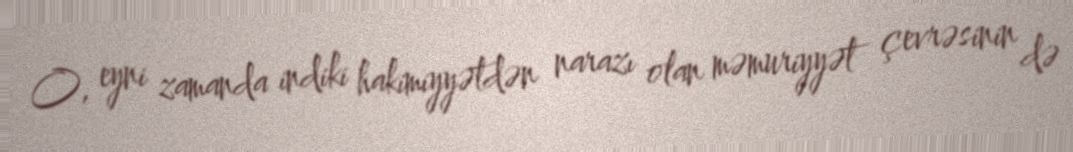
O, eyni zamanda indiki hakimiyyətdən narazı olan məmuriyyət çevrəsinin də